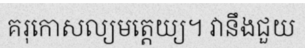
គរុកោសល្យមត្តេយ្យ។ វានឹងជួយ